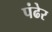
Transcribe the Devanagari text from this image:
पंढेर